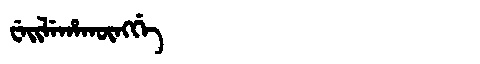
Manchu: ᠸᡝᡳᠯᡝᡥᠠᡴᡡᠩᡤᡝ
Romanization: WEILEHAKŪNGGE